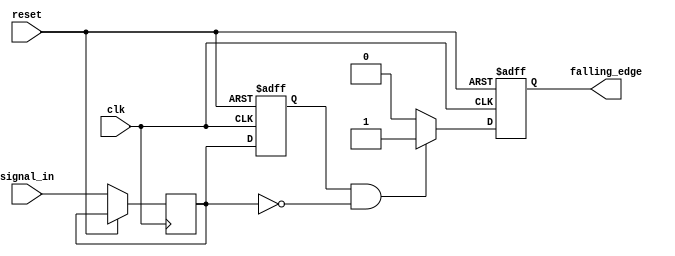
module falling_edge_detector (
    input wire clk,                // Clock signal
    input wire reset,              // Asynchronous reset
    input wire signal_in,          // Input signal
    output reg falling_edge        // Falling edge detected signal
);

    // Internal registers for state storage
    reg prev_state;
    reg curr_state;

    // Edge detection logic
    always @(posedge clk or posedge reset) begin
        if (reset) begin
            prev_state <= 1'b0;      // Initialize previous state to '0'
            falling_edge <= 1'b0;    // Initialize falling edge output to '0'
        end else begin
            // Sample the input signal
            curr_state <= signal_in;

            // Check for falling edge
            if (prev_state && !curr_state) begin
                falling_edge <= 1'b1;  // Detect falling edge
            end else begin
                falling_edge <= 1'b0;   // No falling edge detected
            end

            // Update previous state
            prev_state <= curr_state;
        end
    end

endmodule